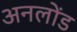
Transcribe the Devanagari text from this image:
अनलोंड